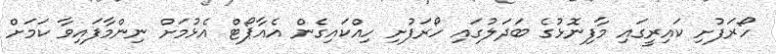
ހޯރަފުށި ކައިރީގައި މާފިނޮޅުގެ ބަދަލުގައި ހޯރަފުށި ހިއްކައިގެން އެއާޕޯޓް އެޅުމަށް ނިންމާފައިވާ ކަމަށް